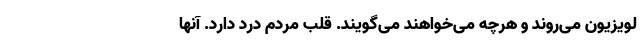
لویزیون می‌روند و هرچه می‌خواهند می‌گویند. قلب مردم درد دارد. آنها